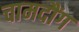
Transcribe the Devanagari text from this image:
चामदौंग